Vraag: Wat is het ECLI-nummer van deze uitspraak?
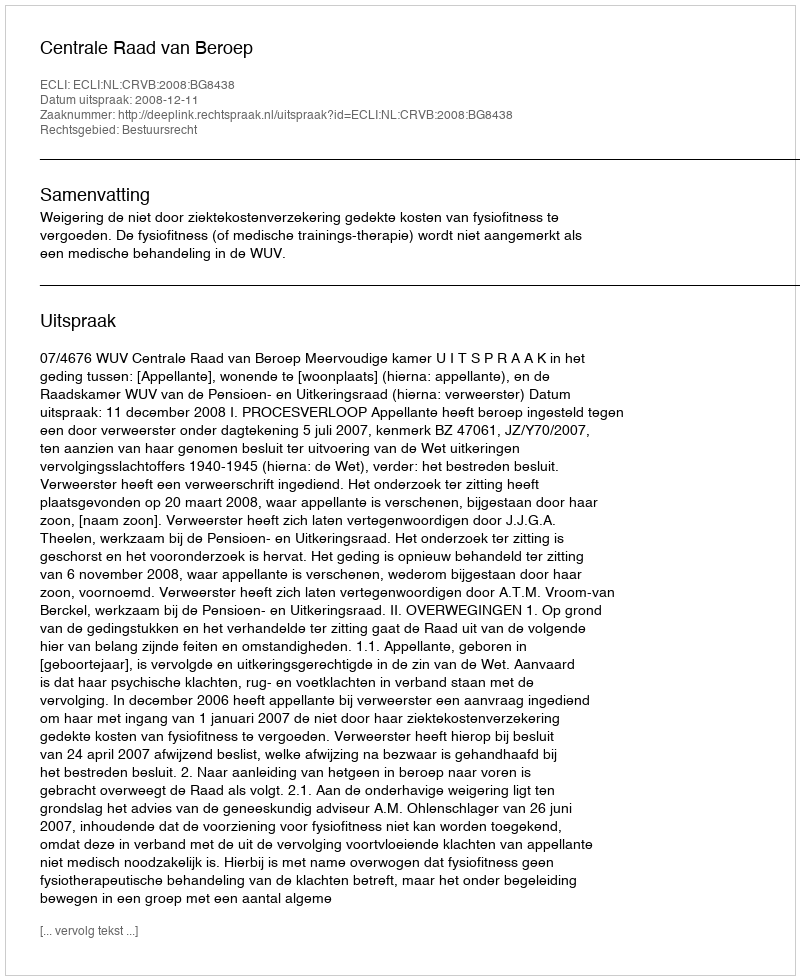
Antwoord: ECLI:NL:CRVB:2008:BG8438